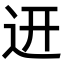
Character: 䢎